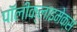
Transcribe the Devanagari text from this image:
पॉलीक्लाइमेक्स